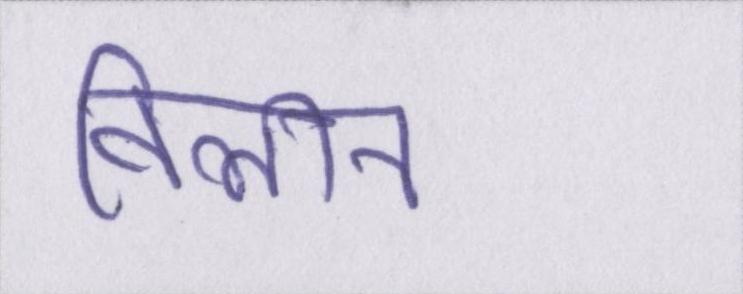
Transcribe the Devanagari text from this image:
विलीन